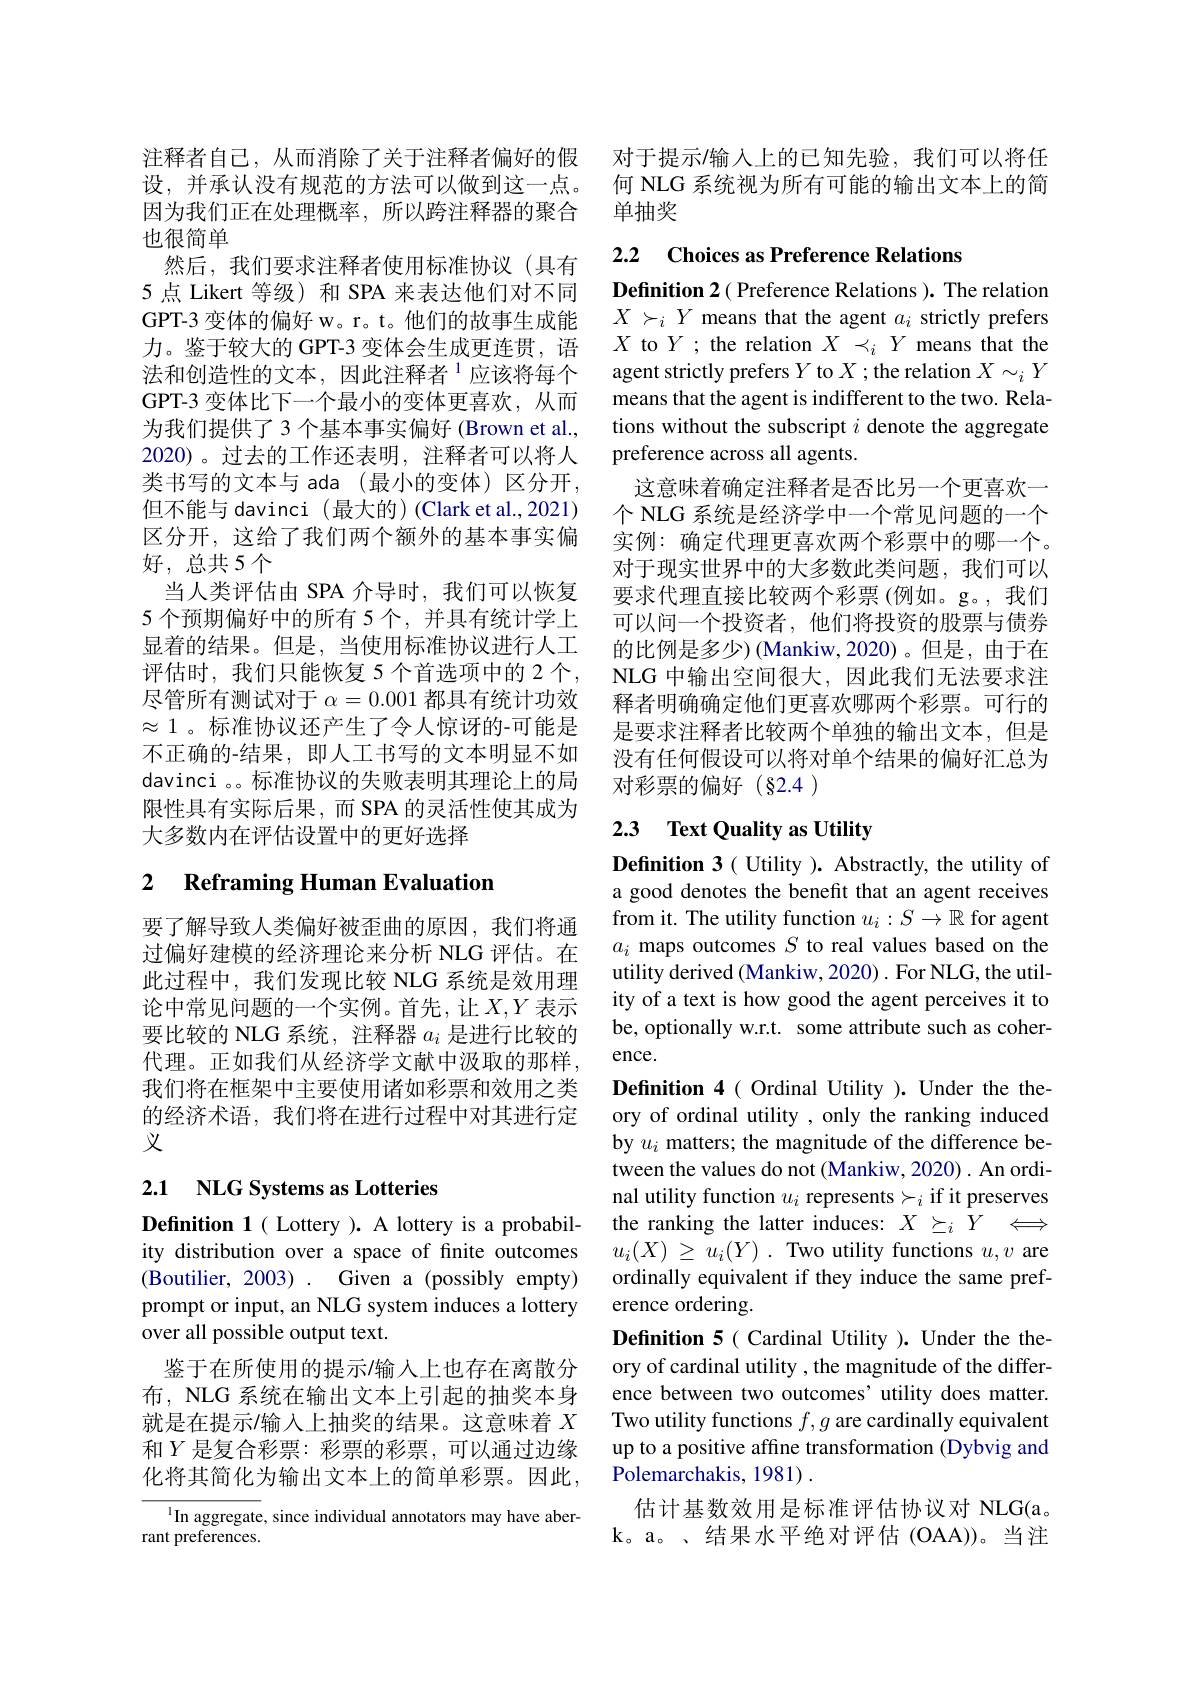
也很简单
然后，我们要求注释者使用标准协议(具有5 点 Likert 等级) 和 SPA 来表达他们对不同GPT-3 变体的偏好 w。r。t。他们的故事生成能力。鉴于较大的 GPT-3 变体会生成更连贯，语法和创造性的文本，因此注释者$^{1}$应该将每个GPT-3 变体比下一个最小的变体更喜欢，从而为我们提供了 3 个基本事实偏好 (Brown et al., 2020)。过去的工作还表明，注释者可以将人类书写的文本与 ada (最小的变体)区分开， 但不能与 davinci (最大的) (Clark et al.,2021) 区分开，这给了我们两个额外的基本事实偏好，总共5个
当人类评估由 SPA 介导时，我们可以恢复5 个预期偏好中的所有 5 个，并具有统计学上显着的结果。但是，当使用标准协议进行人工评估时，我们只能恢复 5 个首选项中的 2 个， 尽管所有测试对于$\alpha=0.001$都具有统计功效$\approx1$ 。标准协议还产生了令人惊讶的-可能是不正确的-结果，即人工书写的文本明显不如davinci 。。标准协议的失败表明其理论上的局限性具有实际后果，而 SPA 的灵活性使其成为大多数内在评估设置中的更好选择

# 2 Reframing Human Evaluation

要了解导致人类偏好被歪曲的原因，我们将通过偏好建模的经济理论来分析 NLG 评估。在此过程中，我们发现比较 NLG 系统是效用理论中常见问题的一个实例。首先，让$X,Y$表示要比较的 NLG 系统，注释器$a_i$是进行比较的代理。正如我们从经济学文献中汲取的那样， 我们将在框架中主要使用诸如彩票和效用之类的经济术语，我们将在进行过程中对其进行定义

## 2.1 NLG Systems as Lotteries

Definition 1( Lottery ). A lottery is a probability distribution over a space of finite outcomes (Boutilier, 2003). Given a (possibly empty) prompt or input, an NLG system induces a lottery over all possible output text.
鉴于在所使用的提示/输入上也存在离散分布，NLG 系统在输出文本上引起的抽奖本身就是在提示/输入上抽奖的结果。这意味着$X$ 和$Y$是复合彩票：彩票的彩票，可以通过边缘化将其简化为输出文本上的简单彩票。因此，

$^{1}$In aggregate, since individual annotators may have aber-
rant preferences.

注释者自己，从而消除了关于注释者偏好的假 对于提示/输入上的已知先验，我们可以将任设，并承认没有规范的方法可以做到这一点。何 NLG 系统视为所有可能的输出文本上的简因为我们正在处理概率，所以跨注释器的聚合 单抽奖

## 2.2 Choices as Preference Relations

Definition 2( Preference Relations ). The relation $X\succ_iY$ means that the agent $a_i$ strictly prefers $X$ to $Y$; the relation $X\prec_iY$ means that the agent strictly prefers $Y$ to $X$ ; the relation $X\sim_iY$ means that the agent is indifferent to the two. Relations without the subscript $i$ denote the aggregate preference across all agents.
这意味着确定注释者是否比另一个更喜欢一个 NLG 系统是经济学中一个常见问题的一个实例：确定代理更喜欢两个彩票中的哪一个。对于现实世界中的大多数此类问题，我们可以要求代理直接比较两个彩票(例如。g。,我们可以问一个投资者，他们将投资的股票与债券的比例是多少)(Mankiw,2020)。但是，由于在NLG 中输出空间很大，因此我们无法要求注释者明确确定他们更喜欢哪两个彩票。可行的是要求注释者比较两个单独的输出文本，但是没有任何假设可以将对单个结果的偏好汇总为对彩票的偏好(§2.4)

## 2.3 $\textbf{Text Quality as Utility}$

Definition 3( Utility ). Abstractly, the utility of a good denotes the benefit that an agent receives from it. The utility function $u_i:S\to\mathbb{R}$ for agent $a_i$ maps outcomes $S$ to real values based on the utility derived (Mankiw, 2020) . For NLG, the utility of a text is how good the agent perceives it to be, optionally w.r.t. some attribute such as coherence.
Definition 4( Ordinal Utility ). Under the theory of ordinal utility , only the ranking induced by $u_i$ matters; the magnitude of the difference between the values do not (Mankiw, 2020) . An ordinal utility function $u_i$ represents$\succ_i$ if it preserves the ranking the latter induces: $X\succeq_iY\Longleftrightarrow$ $u_i( X)$ $\geq$ $u_i( Y)$ . Two utility functions $u,v$ are ordinally equivalent if they induce the same preference ordering.
Definition 5( Cardinal Utility ). Under the theory of cardinal utility , the magnitude of the difference between two outcomes' utility does matter. Two utility functions $f,g$ are cardinally equivalent up to a positive affine transformation (Dybvig and Polemarchakis, 1981) .
估计基数效用是标准评估协议对 NLG(a。k。a。、 结 果 水 平 绝 对 评 估 ( OAA) ) 。当 注